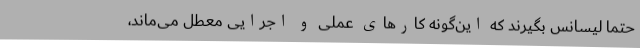
حتماً لیسانس بگیرند که این‌گونه کارهای عملی و اجرایی معطل می‌ماند،